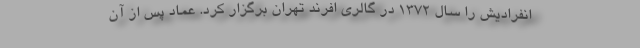
انفرادیش را سال ۱۳۷۲ در گالری افرند تهران برگزار کرد. عماد پس از آن